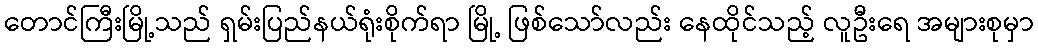
တောင်ကြီးမြို့သည် ရှမ်းပြည်နယ်ရုံးစိုက်ရာ မြို့ ဖြစ်သော်လည်း နေထိုင်သည့် လူဦးရေ အများစုမှာ